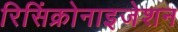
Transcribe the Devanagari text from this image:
रिसिंक्रोनाइजेशन